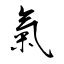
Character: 氣